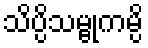
သိပ္ပိသမ္ဗုကမ္ပိ